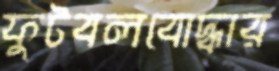
ফুটবলবোদ্ধার